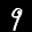
Label: 9